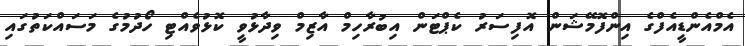
އެމްއެންޑީއެފްގެ އިންފޮމޭޝަން އޮފިސަރު ކެޕްޓަން އިބުރާހިމް އާޒިމް ވިދާޅުވީ ކޮޅުވެއްޓި ހޯދުމުގެ މަސައްކަތުގައި